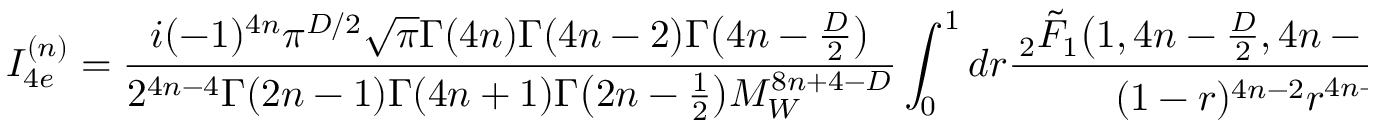
I _ { 4 e } ^ { ( n ) } = \frac { i ( - 1 ) ^ { 4 n } \pi ^ { D / 2 } \sqrt { \pi } \Gamma ( 4 n ) \Gamma ( 4 n - 2 ) \Gamma \big ( 4 n - \frac { D } { 2 } \big ) } { 2 ^ { 4 n - 4 } \Gamma ( 2 n - 1 ) \Gamma ( 4 n + 1 ) \Gamma \big ( 2 n - \frac { 1 } { 2 } \big ) M _ { W } ^ { 8 n + 4 - D } } \int _ { 0 } ^ { 1 } d r \frac { \, _ { 2 } \tilde { F } _ { 1 } \big ( 1 , 4 n - \frac { D } { 2 } , 4 n - 1 , 1 - \frac { 1 } { r } \big ) } { ( 1 - r ) ^ { 4 n - 2 } r ^ { 4 n - \frac { D } { 2 } } } \, .